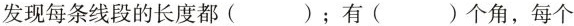
发现每条线段的长度都()；有()个角，每个